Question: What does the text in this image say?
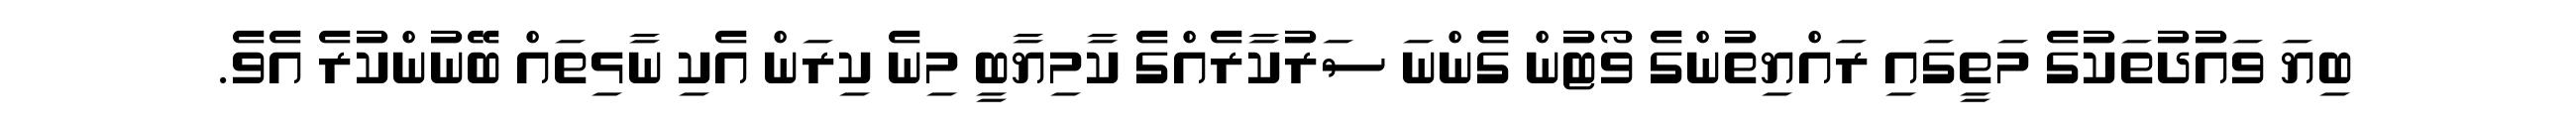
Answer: ބިޔަ ވައުދުތަކުގެ މަތީގައި ރައްޔިތުންގެ ވޯޓުން ގެންނަ ސަރުކާރެއްގެ ކާމިޔާބީ މިނެ ކިރަން އެކި ނާޅިތައް ބޭނުންކުރެ އެވެ.